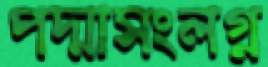
পদ্মাসংলগ্ন